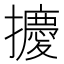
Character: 𪮿